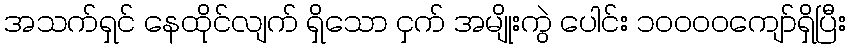
အသက်ရှင် နေထိုင်လျက် ရှိသော ငှက် အမျိုးကွဲ ပေါင်း ၁၀၀၀၀ကျော်ရှိပြီး